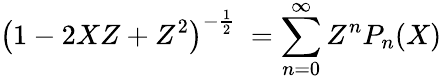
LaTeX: \left(1-2XZ+Z^{2}\right)^{-{\frac{1}{2}}}\ =\sum_{n=0}^{\infty}Z^{n}P_{n}(X)